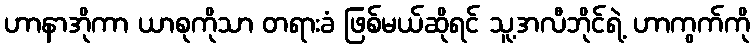
ဟာနာအိုကာ ယာစုကိုသာ တရားခံ ဖြစ်မယ်ဆိုရင် သူ့အလီဘိုင်ရဲ့ ဟာကွက်ကို